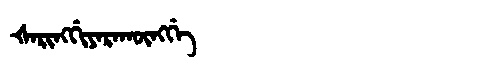
Manchu: ᡧᠠᡵᡳᠩᡤᡳᠶᠠᡵᠠᡴᡡᠩᡤᡝ
Romanization: ŠARINGGIYARAKŪNGGE